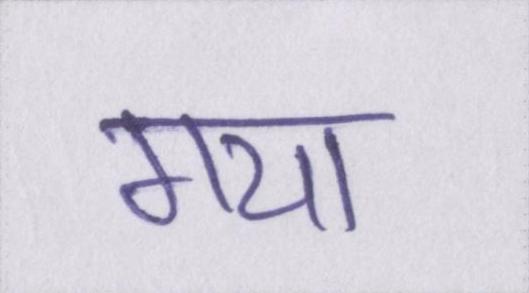
गया